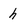
Character: h